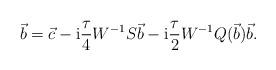
LaTeX: \begin{align*}\vec{b} = \vec{c}-{\rm i}\frac{\tau}{4}W^{-1}S\vec{b} - {\rm i}\frac{\tau}{2}W^{-1}Q(\vec{b})\vec{b}.\end{align*}